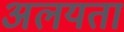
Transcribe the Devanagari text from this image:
अलयता